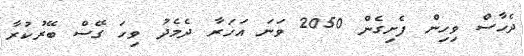
ދެހާސް ވިހިން ފެށިގެން 2050 ވަނަ އަހަރާ ދެމެދު ވިހަ ގޭސް ބޭރުކުރާ